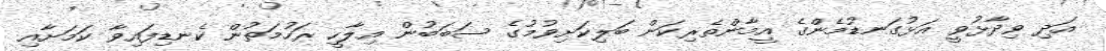
އަދި ވިދާޅުވީ އަޅުގަނޑުމެންގެ އީމާންތެރިކަން ބަލިކަށިވުމުގެ ސަބަބުން އިލާހީ ރަހުމަތުން ކެނޑިފައިވާ ކަމަށާއި